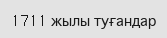
1711 жылы туғандар